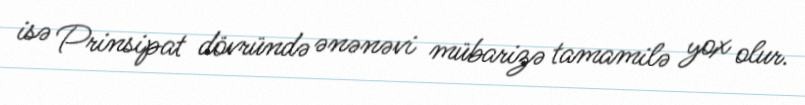
isə Prinsipat dövründə ənənəvi mübarizə tamamilə yox olur.